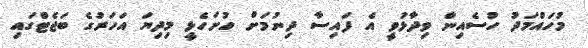
މުހައްމަދު ހުސެއިން ވިދާޅުވީ އެ ފައިސާ ދިނުމަށް ހުށަހެޅީ މިދިޔަ އަހަރުގެ ބަޖެޓްގައި